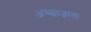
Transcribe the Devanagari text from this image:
अच्छाज्ञाता